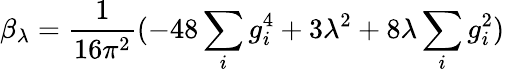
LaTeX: \beta_{\lambda}=\frac{1}{16\pi^{2}}(-48\sum_{i}g_{i}^{4}+3\lambda^{2}+8\lambda\sum_{i}g_{i}^{2})